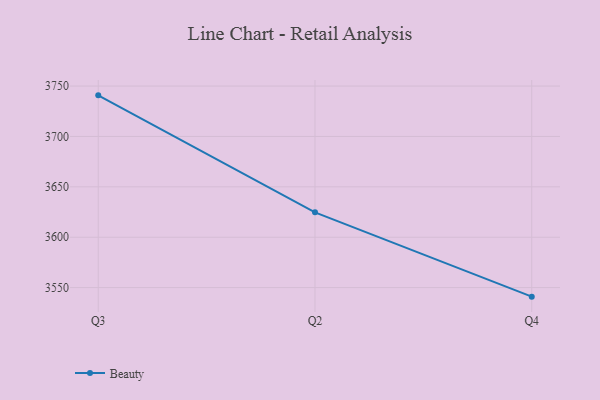
{"axis": {"x": "Quarter", "y": "Gross Profit (USD K)"}, "legend": ["Beauty"], "data": [{"x": "Q3", "y": 3740.8, "type": "Beauty"}, {"x": "Q2", "y": 3624.7, "type": "Beauty"}, {"x": "Q4", "y": 3541.0, "type": "Beauty"}]}